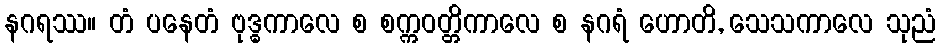
နဂရဿ။ တံ ပနေတံ ဗုဒ္ဓကာလေ စ စက္ကဝတ္တိကာလေ စ နဂရံ ဟောတိ, သေသကာလေ သုညံ